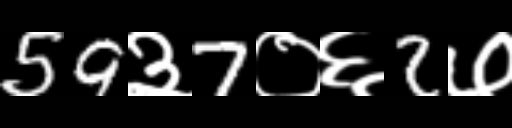
Text: 59३7०६2७